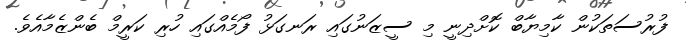
ފުރުސަތަކުން ކާމިޔާބް ކޮށްދިނީ މި ސީޒަނުގައި ރަނގަޅު ފޯމެއްގައި ހުރި ކަރީމް ބެންޒެމާއެވެ.